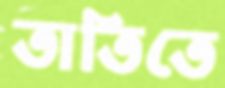
তাতিতে